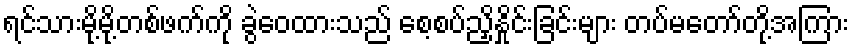
ရင်သားမို့မို့တစ်ဖက်ကို ခွဲဝေထားသည် စေ့စပ်ညှိနှိုင်းခြင်းများ တပ်မတော်တို့အကြား